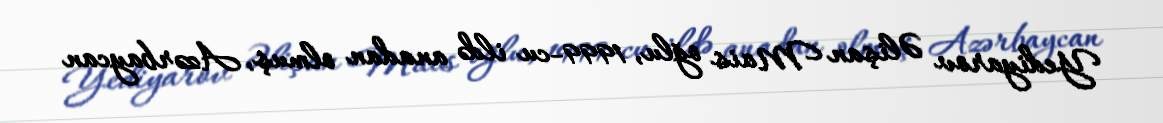
Yediyarov Əlişan Mais oğlu, 1999-cu ildə anadan olmuş, Azərbaycan